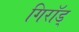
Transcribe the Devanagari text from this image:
गिरॉड्